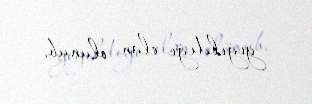
yığıldığı elan olunub.